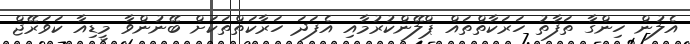
އެލުން ހިންގާ ތަފާތު ހަރަކާތްތައް ޕްލޭންކުރުމާއި އެފަދަ ހަރާކަތްތަކަށް ބޭނުންވާ މީޑިއާ ކަވަރޭޖް